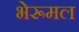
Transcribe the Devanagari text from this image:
भेरूमल